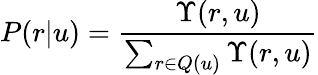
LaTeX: P(r|u)=\frac{\Upsilon(r,u)}{\sum_{r\in Q(u)}\Upsilon(r,u)}